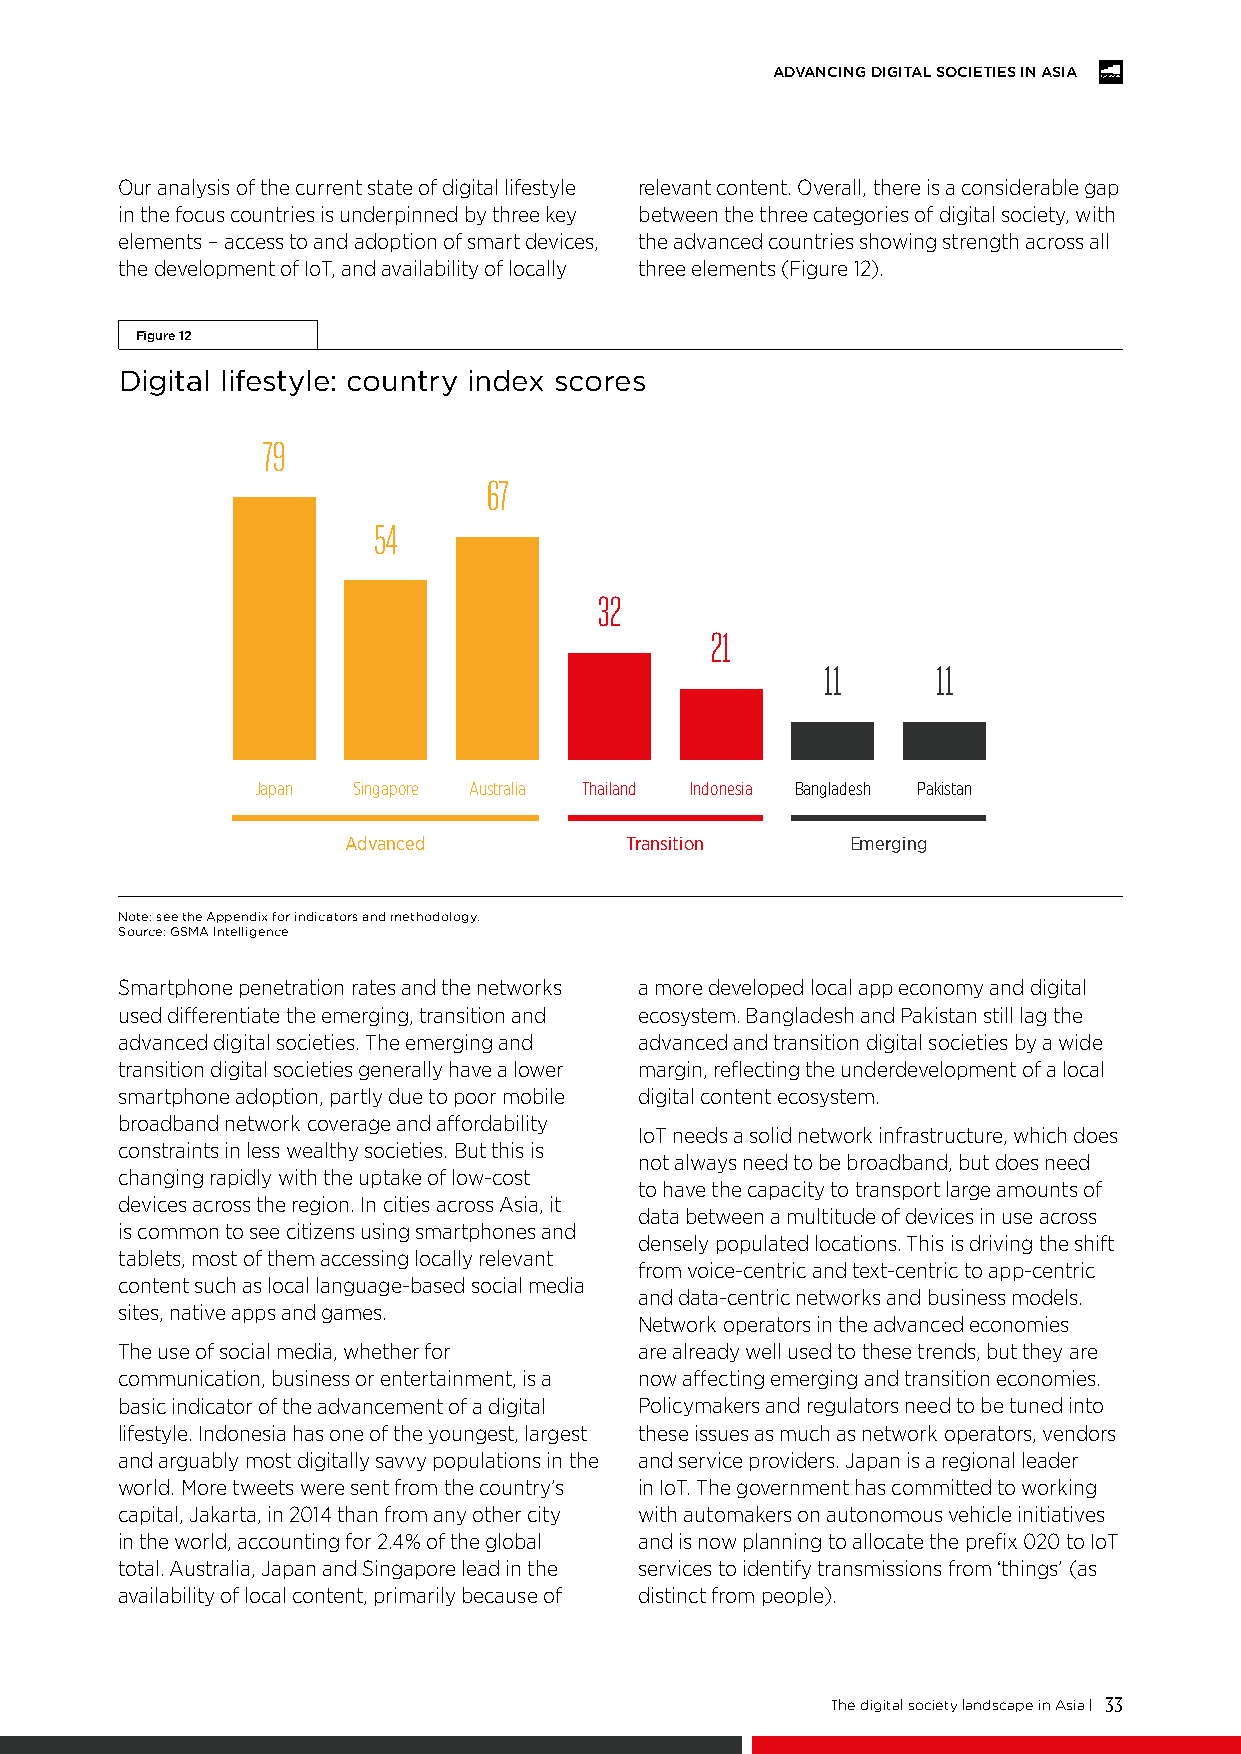
ADVANCING DIGITAL SOCIETIES IN ASIA
 Our analysis of the current state of digital lifestyle relevant content. Overall, there is a considerable gap
 in the focus countries is underpinned by three key between the three categories of digital society, with
 elements – access to and adoption of smart devices, the advanced countries showing strength across all
 the development of IoT, and availability of locally three elements (Figure 12).
 Figure 12
 Digital lifestyle: country index scores
 79
 67
 54
 32
 21
 11      11
 Japan Singapore Australia Thailand Indonesia Bangladesh Pakistan
 Advanced          Transition     Emerging
 Note: see the Appendix for indicators and methodology.
 Source: GSMA Intelligence
 Smartphone penetration rates and the networks a more developed local app economy and digital
 used differentiate the emerging, transition and ecosystem. Bangladesh and Pakistan still lag the
 advanced digital societies. The emerging and advanced and transition digital societies by a wide
 transition digital societies generally have a lower margin, reflecting the underdevelopment of a local
 smartphone adoption, partly due to poor mobile digital content ecosystem.
 broadband network coverage and affordability
 IoT needs a solid network infrastructure, which does
 constraints in less wealthy societies. But this is
 not always need to be broadband, but does need
 changing rapidly with the uptake of low-cost
 to have the capacity to transport large amounts of
 devices across the region. In cities across Asia, it
 data between a multitude of devices in use across
 is common to see citizens using smartphones and
 densely populated locations. This is driving the shift
 tablets, most of them accessing locally relevant
 from voice-centric and text-centric to app-centric
 content such as local language-based social media
 and data-centric networks and business models.
 sites, native apps and games.
 Network operators in the advanced economies
 The use of social media, whether for are already well used to these trends, but they are
 communication, business or entertainment, is a now affecting emerging and transition economies.
 basic indicator of the advancement of a digital Policymakers and regulators need to be tuned into
 lifestyle. Indonesia has one of the youngest, largest these issues as much as network operators, vendors
 and arguably most digitally savvy populations in the and service providers. Japan is a regional leader
 world. More tweets were sent from the country’s in IoT. The government has committed to working
 capital, Jakarta, in 2014 than from any other city with automakers on autonomous vehicle initiatives
 in the world, accounting for 2.4% of the global and is now planning to allocate the prefix 020 to IoT
 total. Australia, Japan and Singapore lead in the services to identify transmissions from ‘things’ (as
 availability of local content, primarily because of distinct from people).
 The digital society landscape in Asia | 33